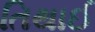
તિથાઈ